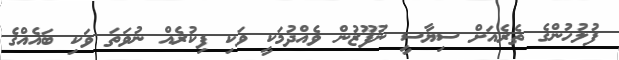
ފުލުހުންގެ ތެރެއަށް ސިޔާސީ ނުފޫޒުން ވެއްދުމަކީ ވަކި ފިކުރެއް ނުވަތަ ވަކި ބައެއްގެ